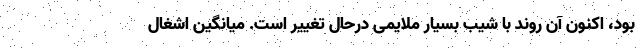
بود، اکنون آن روند با شیب بسیار ملایمی درحال تغییر است. میانگین اشغال